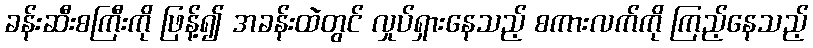
ခန်းဆီးစကြီးကို ဖြန့်၍ အခန်းထဲတွင် လှုပ်ရှားနေသည့် စကားလက်ကို ကြည့်နေသည့်